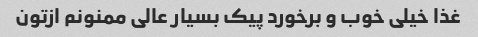
غذا خیلی خوب و برخورد پیک بسیار عالی ممنونم ازتون